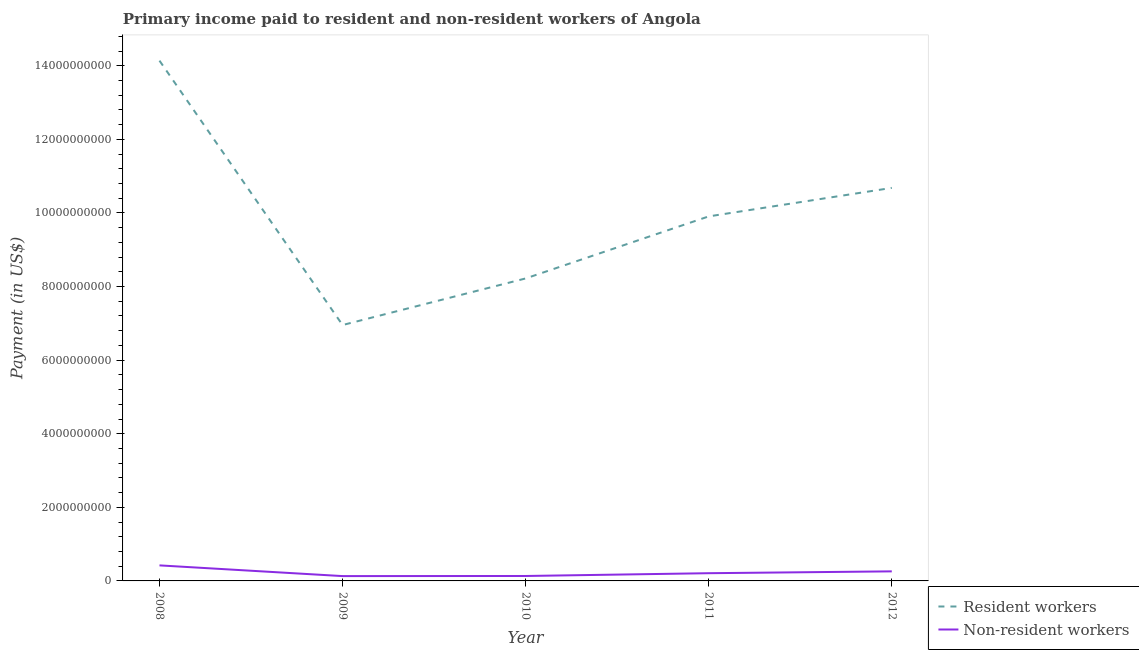
| Year | Resident workers | Non-resident workers |
 | --- | --- | --- |
 | 2008 | 1.41e+10 | 4.22e+08 |
 | 2009 | 6.95e+09 | 1.31e+08 |
 | 2010 | 8.22e+09 | 1.34e+08 |
 | 2011 | 9.91e+09 | 2.1e+08 |
 | 2012 | 1.07e+10 | 2.6e+08 |